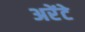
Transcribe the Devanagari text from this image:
अरेंटे